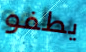
يطفو